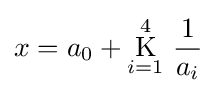
x=a_{0}+{\underset {i=1}{\overset {4}{\mathrm {K} }}}~{\frac {1}{a_{i}}}